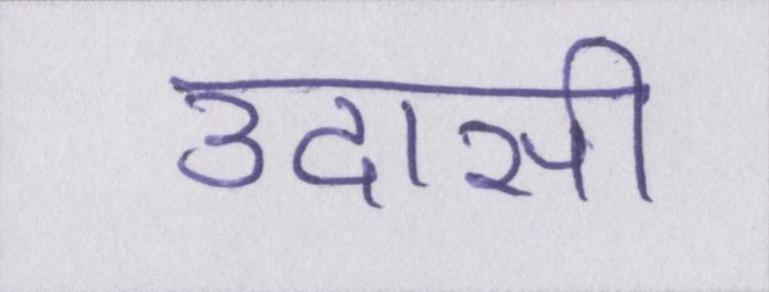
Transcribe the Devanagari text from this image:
उदासी